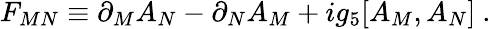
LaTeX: F_{MN}\equiv\partial_{M}A_{N}-\partial_{N}A_{M}+ig_{5}[A_{M},A_{N}]~.